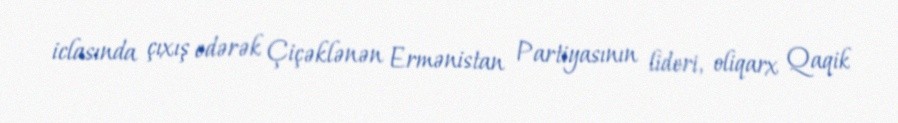
iclasında çıxış edərək Çiçəklənən Ermənistan Partiyasının lideri, oliqarx Qaqik